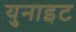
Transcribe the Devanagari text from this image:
युनाइट